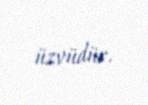
üzvüdür.